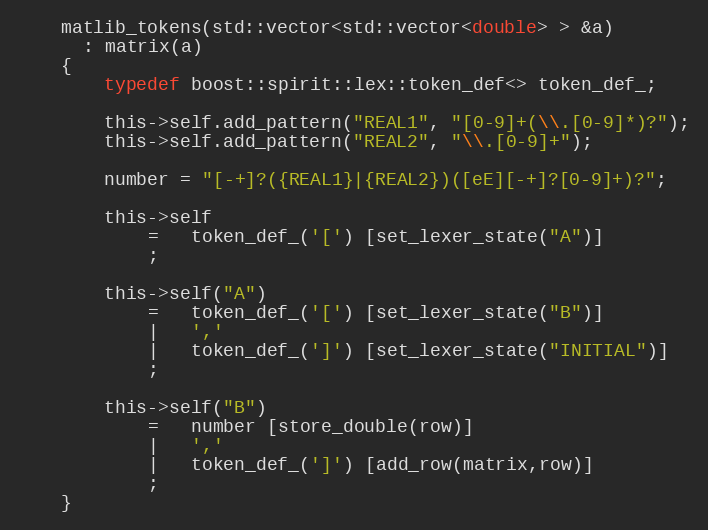
Language: C
    matlib_tokens(std::vector<std::vector<double> > &a)
      : matrix(a)
    {
        typedef boost::spirit::lex::token_def<> token_def_;

        this->self.add_pattern("REAL1", "[0-9]+(\\.[0-9]*)?");
        this->self.add_pattern("REAL2", "\\.[0-9]+");

        number = "[-+]?({REAL1}|{REAL2})([eE][-+]?[0-9]+)?";

        this->self
            =   token_def_('[') [set_lexer_state("A")]
            ;

        this->self("A")
            =   token_def_('[') [set_lexer_state("B")]
            |   ','
            |   token_def_(']') [set_lexer_state("INITIAL")]
            ;

        this->self("B")
            =   number [store_double(row)]
            |   ','
            |   token_def_(']') [add_row(matrix,row)]
            ;
    }